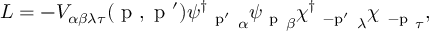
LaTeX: { \cal { L } } = - V _ { \alpha \beta \lambda \tau } ( \mathrm { \boldmath ~ p ~ } , \mathrm { \boldmath ~ p ~ } ^ { \prime } ) { \psi ^ { \dagger } { \mathrm { \boldmath ~ _ { p ^ { \prime } } ~ } } } _ { \alpha } \psi { \mathrm { \boldmath ~ _ { p } ~ } _ { \beta } } \chi ^ { \dagger } { \mathrm { \boldmath ~ _ { - p ^ { \prime } } ~ } _ { \lambda } } \chi ^ { } { \mathrm { \boldmath ~ _ { - p } ~ } _ { \tau } } ,